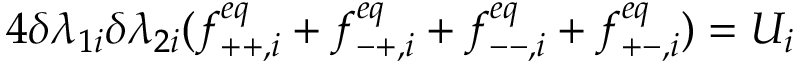
4 \delta \lambda _ { 1 i } \delta \lambda _ { 2 i } ( f _ { + + , i } ^ { e q } + f _ { - + , i } ^ { e q } + f _ { -- , i } ^ { e q } + f _ { + - , i } ^ { e q } ) = U _ { i }